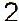
2